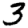
Digit: 3